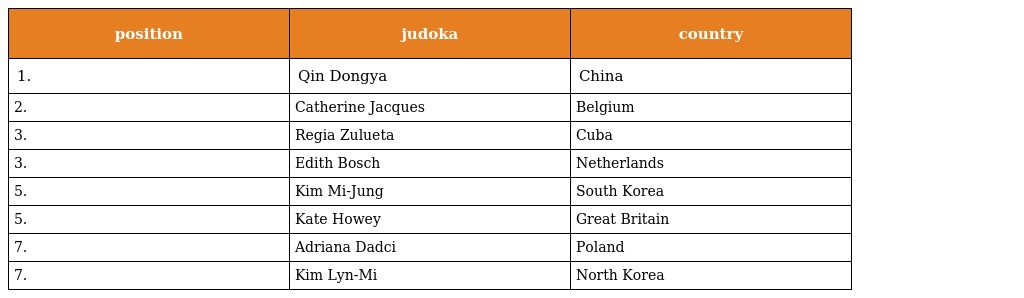
| position | judoka | country |
 | --- | --- | --- |
 | 1. | Qin Dongya | China |
 | 2. | Catherine Jacques | Belgium |
 | 3. | Regia Zulueta | Cuba |
 | 3. | Edith Bosch | Netherlands |
 | 5. | Kim Mi-Jung | South Korea |
 | 5. | Kate Howey | Great Britain |
 | 7. | Adriana Dadci | Poland |
 | 7. | Kim Lyn-Mi | North Korea |